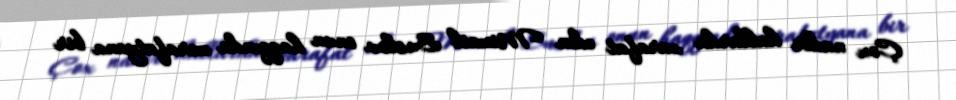
Çox nadir hallarda zarafat edən Mixail Suslov onun haqqında zarafatyana bir